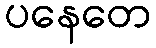
ပနေတေ